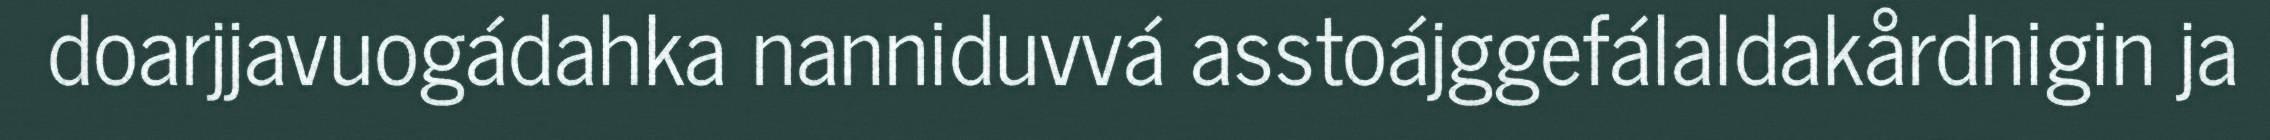
doarjjavuogádahka nanniduvvá asstoájggefálaldakårdnigin ja